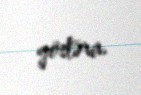
göstərir.